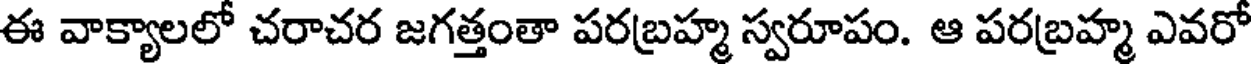
ఈ వాక్యాలలో చరాచర జగత్తంతా పరబ్రహ్మ స్వరూపం. ఆ పరబ్రహ్మ ఎవరో